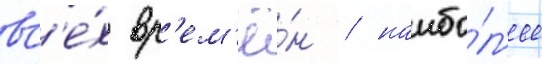
вс'е́х вр'ем'ё́н / наибо́л'ее